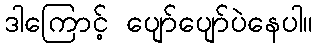
ဒါကြောင့် ပျော်ပျော်ပဲနေပါ။